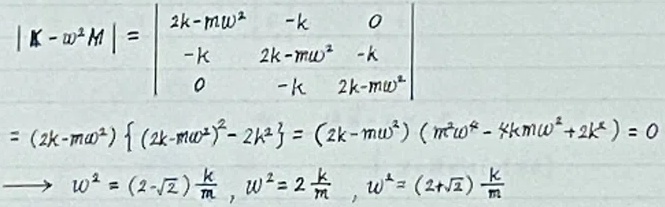
\[
\begin{align*}
|\mathbf{K}-\omega^{2}\mathbf{M}|&=\begin{vmatrix}
2k - m\omega^{2}&-k&0\\
-k&2k - m\omega^{2}&-k\\
0&-k&2k - m\omega^{2}
\end{vmatrix}\\
&=(2k - m\omega^{2})\left\{(2k - m\omega^{2})^{2}-2k^{2}\right\}=(2k - m\omega^{2})\left(m^{2}\omega^{4}-4km\omega^{2}+2k^{2}\right)=0\\
&\longrightarrow\omega^{2}=(2 - \sqrt{2})\frac{k}{m},\omega^{2}=2\frac{k}{m},\omega^{2}=(2+\sqrt{2})\frac{k}{m}
\end{align*}
\]